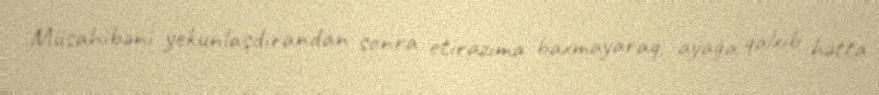
Müsahibəni yekunlaşdırandan sonra etirazıma baxmayaraq, ayağa qalxıb hətta